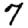
Digit: 7